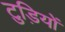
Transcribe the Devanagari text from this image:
टुड़ियों